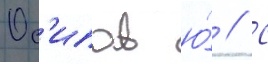
Ос'ипов ю́ // С